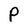
Character: P